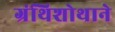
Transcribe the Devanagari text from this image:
ग्रंथिशोथाने